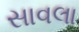
સાવલા